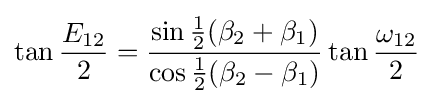
\tan {\frac {E_{12}}{2}}={\frac {\sin {\tfrac {1}{2}}(\beta _{2}+\beta _{1})}{\cos {\tfrac {1}{2}}(\beta _{2}-\beta _{1})}}\tan {\frac {\omega _{12}}{2}}